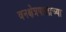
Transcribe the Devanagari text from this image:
वनक्षेत्रपालाच्या